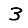
Digit: 3